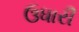
ઉધારી